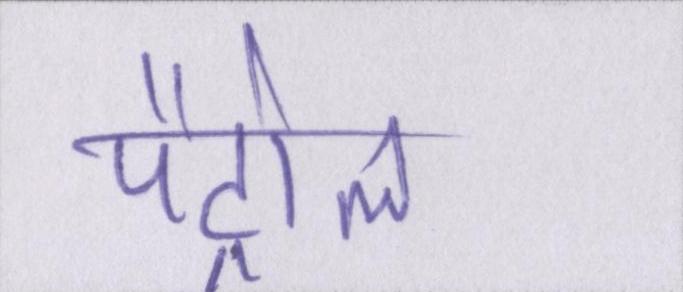
पैट्रोल